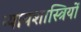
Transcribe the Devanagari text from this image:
न्यायशास्त्रियों